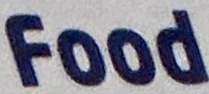
Food